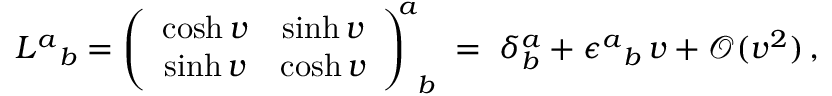
L ^ { a } { } _ { b } = \left( \begin{array} { c c } { { \cosh v } } & { { \sinh v } } \\ { { \sinh v } } & { { \cosh v } } \end{array} \right) _ { \, \; b } ^ { \! \! a } \; = \; \delta _ { b } ^ { a } + \epsilon ^ { a } { } _ { b } \, v + \mathcal { O } ( v ^ { 2 } ) \, ,